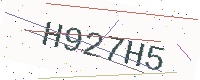
Text: H927H5